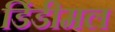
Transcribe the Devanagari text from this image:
डिंडीमल